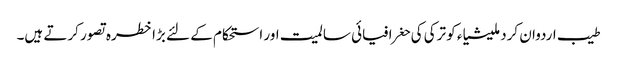
طیب اردوان کردملیشیاء کو ترکی کی حغرافیائی سالمیت اور استحکام کے لئے بڑا خطرہ تصور کرتے ہیں۔